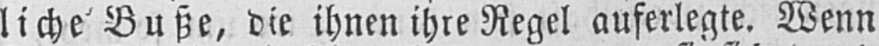
liche Buße, die ihnen ihre Regel auferlegte. Wenn